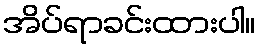
အိပ်ရာခင်းထားပါ။